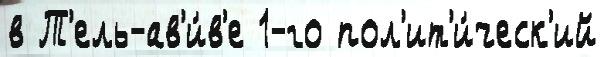
в Т'ель-ав'и́в'е 1-го пол'ит'и́ческ'ий